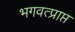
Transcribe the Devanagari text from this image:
भगवत्प्राप्त